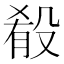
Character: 殽